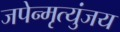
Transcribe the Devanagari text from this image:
जपेन्मृत्युंजय